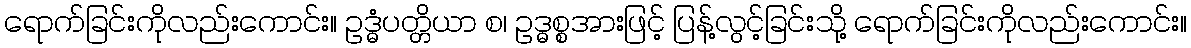
ရောက်ခြင်းကိုလည်းကောင်း။ ဥဒ္ဓံပတ္တိယာ စ၊ ဥဒ္ဓစ္စအားဖြင့် ပြန့်လွင့်ခြင်းသို့ ရောက်ခြင်းကိုလည်းကောင်း။